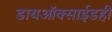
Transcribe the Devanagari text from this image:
डायऑक्साईडही